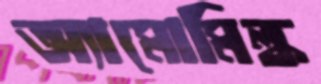
অ্যামোমিল্ক